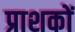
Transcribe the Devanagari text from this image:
प्राशकों